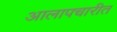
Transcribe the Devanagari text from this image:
आलापचारीत